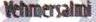
Vehmersalmi